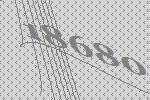
18680